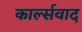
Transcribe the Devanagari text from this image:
कार्ल्सवाद